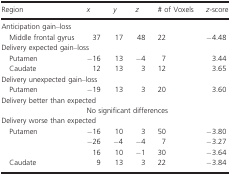
<table><thead><tr><td><b>Region</b></td><td><b><i>x</i></b></td><td><b><i>y</i></b></td><td><b><i>z</i></b></td><td><b># of Voxels</b></td><td><b><i>z</i>-score</b></td></tr></thead><tbody><tr><td colspan="6">Anticipation gain–loss</td></tr><tr><td> Middle frontal gyrus</td><td>37</td><td>17</td><td>48</td><td>22</td><td>−4.48</td></tr><tr><td colspan="6">Delivery expected gain–loss</td></tr><tr><td> Putamen</td><td>−16</td><td>13</td><td>−4</td><td>7</td><td>3.44</td></tr><tr><td> Caudate</td><td>12</td><td>13</td><td>3</td><td>12</td><td>3.65</td></tr><tr><td colspan="6">Delivery unexpected gain–loss</td></tr><tr><td> Putamen</td><td>−19</td><td>13</td><td>3</td><td>20</td><td>3.60</td></tr><tr><td colspan="6">Delivery better than expected</td></tr><tr><td></td><td colspan="5">No significant differences</td></tr><tr><td colspan="6">Delivery worse than expected</td></tr><tr><td rowspan="3"> Putamen</td><td>−16</td><td>10</td><td>3</td><td>50</td><td>−3.80</td></tr><tr><td>−26</td><td>−4</td><td>−4</td><td>7</td><td>−3.27</td></tr><tr><td>16</td><td>10</td><td>−1</td><td>30</td><td>−3.64</td></tr><tr><td> Caudate</td><td>9</td><td>13</td><td>3</td><td>22</td><td>−3.84</td></tr></tbody></table>